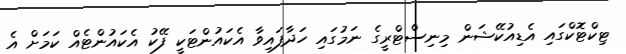
ޓިކްޓޮކްގައި އެޑިއުކޭޝަން މިނިސްޓްރީގެ ނަމުގައި ހަދާފައިވާ އެކައުންޓަކީ ފޭކު އެކައުންޓެއް ކަމަށް އެ